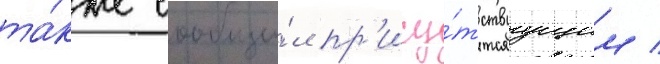
та́кже сообщи́л пр'ису́тствуущим /